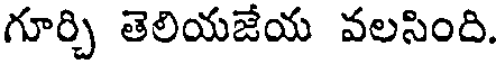
గూర్చి తెలియజేయ వలసింది.